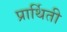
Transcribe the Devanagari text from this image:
प्रार्थिती